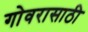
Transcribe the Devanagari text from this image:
गोवरासाठी